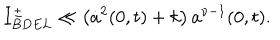
I _ { B D E L } ^ { \pm } \ll \left( \dot { a } ^ { 2 } ( 0 , t ) + k \right) a ^ { \nu - 1 } ( 0 , t ) .